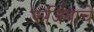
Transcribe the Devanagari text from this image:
फर्जियाचे